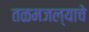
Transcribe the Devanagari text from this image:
तळमजल्याचे